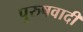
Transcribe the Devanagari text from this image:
पुरुषवादी